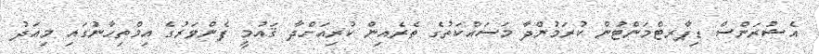
އެޝުރަންސް ޑިޕާރޓްމަންޓުން ކުރަމުންދާ މަސައްކަތުގެ ތެރެއިން ކުރިއަށްދާ ޤައުމީ ފެންވަރުގެ އިމްތިހާނުގައި މިއަދު